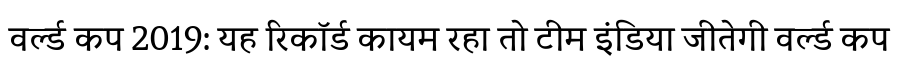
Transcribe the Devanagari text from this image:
वर्ल्ड कप 2019: यह रिकॉर्ड कायम रहा तो टीम इंडिया जीतेगी वर्ल्ड कप